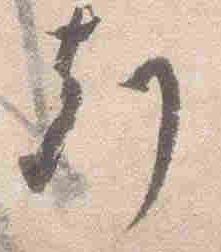
刻